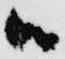
ハ